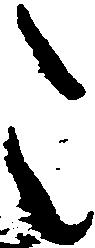
こ